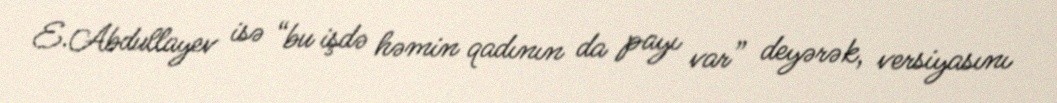
E.Abdullayev isə “bu işdə həmin qadının da payı var” deyərək, versiyasını